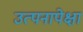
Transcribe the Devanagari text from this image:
उत्पनापेक्षा